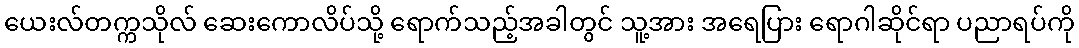
ယေးလ်တက္ကသိုလ် ဆေးကောလိပ်သို့ ရောက်သည့်အခါတွင် သူ့အား အရေပြား ရောဂါဆိုင်ရာ ပညာရပ်ကို